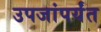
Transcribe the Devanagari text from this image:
उपजांपर्यंत